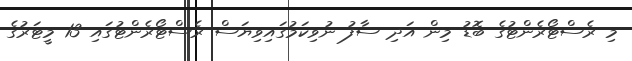
މި ރެސްޓޯރެންޓުގެ ބޮޑު މިން އަދި ސާފު ނުވިކަމުގައިވިޔަސް ރެސްޓޯރެންޓުގައި 13 މީޓަރުގެ